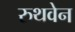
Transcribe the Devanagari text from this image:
रुथवेन